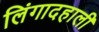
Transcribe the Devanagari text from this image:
लिंगादहाली